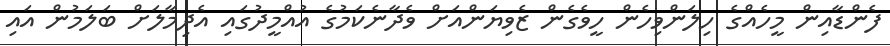
ފެންޑާއިން މީހެއްގެ ހިލަންވިހެން ހީވެގެން ޒެވިޔަންއަށް ވެދާނެކަމުގެ އުއްމީދުގައި އެދިމާލަށް ބަލަމުން އައި